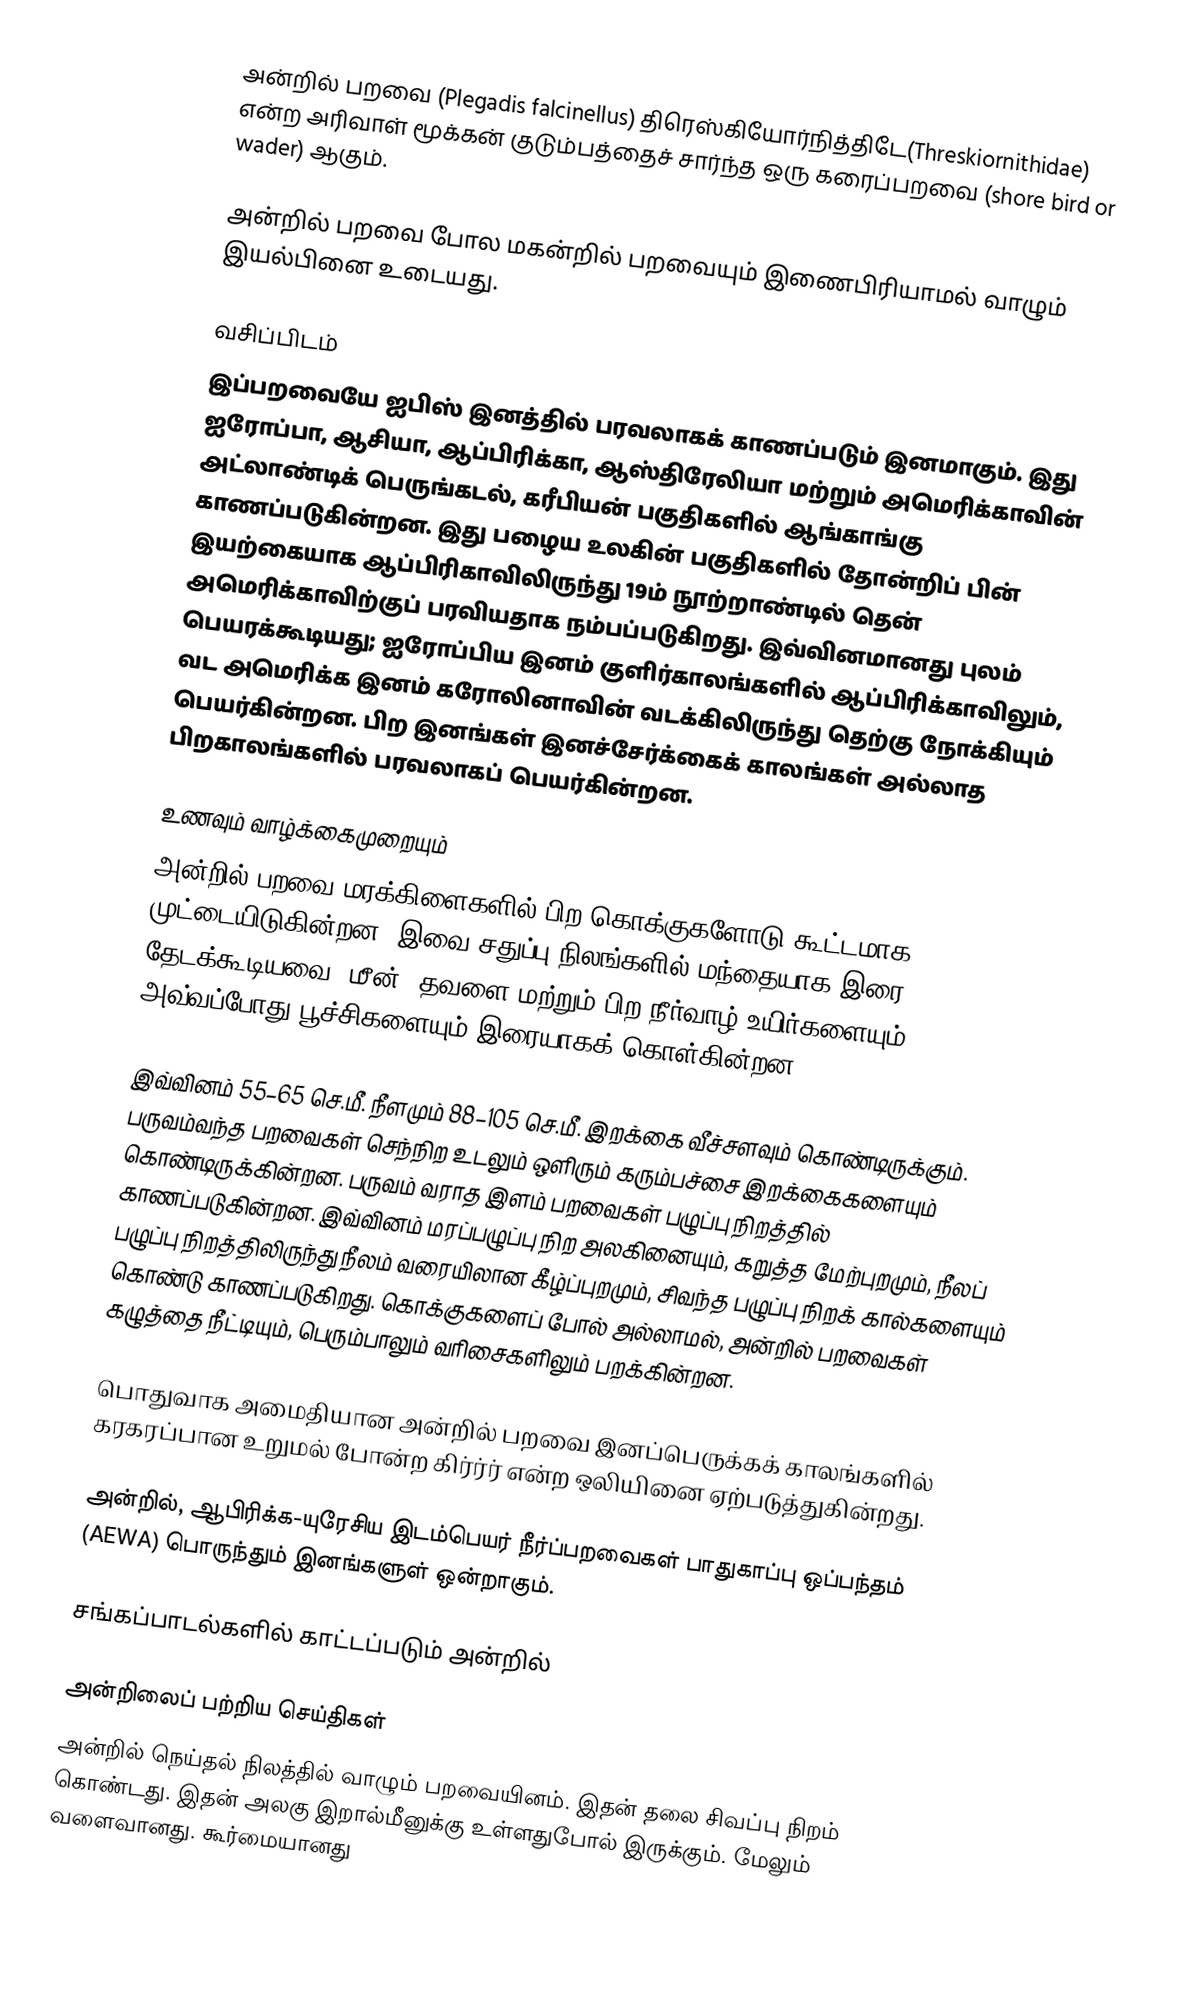
அன்றில் பறவை  (Plegadis falcinellus)  திரெஸ்கியோர்நித்திடே(Threskiornithidae) என்ற அரிவாள் மூக்கன் குடும்பத்தைச் சார்ந்த ஒரு கரைப்பறவை (shore bird or wader) ஆகும்.

 அன்றில் பறவை போல மகன்றில் பறவையும் இணைபிரியாமல் வாழும் இயல்பினை உடையது.

வசிப்பிடம்
இப்பறவையே ஐபிஸ் இனத்தில் பரவலாகக் காணப்படும் இனமாகும். இது ஐரோப்பா, ஆசியா, ஆப்பிரிக்கா, ஆஸ்திரேலியா மற்றும் அமெரிக்காவின் அட்லாண்டிக் பெருங்கடல், கரீபியன் பகுதிகளில் ஆங்காங்கு காணப்படுகின்றன. இது பழைய உலகின் பகுதிகளில் தோன்றிப் பின் இயற்கையாக ஆப்பிரிகாவிலிருந்து 19ம் நூற்றாண்டில் தென் அமெரிக்காவிற்குப் பரவியதாக நம்பப்படுகிறது. இவ்வினமானது புலம் பெயரக்கூடியது; ஐரோப்பிய இனம் குளிர்காலங்களில் ஆப்பிரிக்காவிலும், வட அமெரிக்க இனம் கரோலினாவின் வடக்கிலிருந்து தெற்கு நோக்கியும் பெயர்கின்றன. பிற இனங்கள் இனச்சேர்க்கைக் காலங்கள் அல்லாத பிறகாலங்களில் பரவலாகப் பெயர்கின்றன.

உணவும் வாழ்க்கைமுறையும்
அன்றில் பறவை மரக்கிளைகளில் பிற கொக்குகளோடு கூட்டமாக முட்டையிடுகின்றன. இவை சதுப்பு நிலங்களில் மந்தையாக இரை தேடக்கூடியவை; மீன், தவளை மற்றும் பிற நீர்வாழ் உயிர்களையும், அவ்வப்போது பூச்சிகளையும் இரையாகக் கொள்கின்றன.

இவ்வினம் 55–65 செ.மீ. நீளமும் 88–105 செ.மீ. இறக்கை வீச்சளவும் கொண்டிருக்கும். பருவம்வந்த பறவைகள் செந்நிற உடலும் ஒளிரும் கரும்பச்சை இறக்கைகளையும் கொண்டிருக்கின்றன. பருவம் வராத இளம் பறவைகள் பழுப்பு நிறத்தில் காணப்படுகின்றன. இவ்வினம் மரப்பழுப்பு நிற அலகினையும், கறுத்த மேற்புறமும், நீலப் பழுப்பு நிறத்திலிருந்து நீலம் வரையிலான கீழ்ப்புறமும், சிவந்த பழுப்பு நிறக் கால்களையும் கொண்டு காணப்படுகிறது. கொக்குகளைப் போல் அல்லாமல், அன்றில் பறவைகள் கழுத்தை நீட்டியும், பெரும்பாலும் வரிசைகளிலும் பறக்கின்றன.

பொதுவாக அமைதியான அன்றில் பறவை இனப்பெருக்கக் காலங்களில் கரகரப்பான உறுமல் போன்ற கிர்ர்ர்  என்ற ஒலியினை ஏற்படுத்துகின்றது.

அன்றில், ஆபிரிக்க-யுரேசிய இடம்பெயர் நீர்ப்பறவைகள் பாதுகாப்பு ஒப்பந்தம்  (AEWA)  பொருந்தும் இனங்களுள் ஒன்றாகும்.

சங்கப்பாடல்களில் காட்டப்படும் அன்றில்

அன்றிலைப் பற்றிய செய்திகள்
அன்றில் நெய்தல் நிலத்தில் வாழும் பறவையினம். இதன் தலை சிவப்பு நிறம் கொண்டது. இதன் அலகு இறால்மீனுக்கு உள்ளதுபோல் இருக்கும். மேலும் வளைவானது. கூர்மையானது